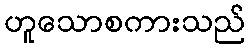
ဟူသောစကားသည်